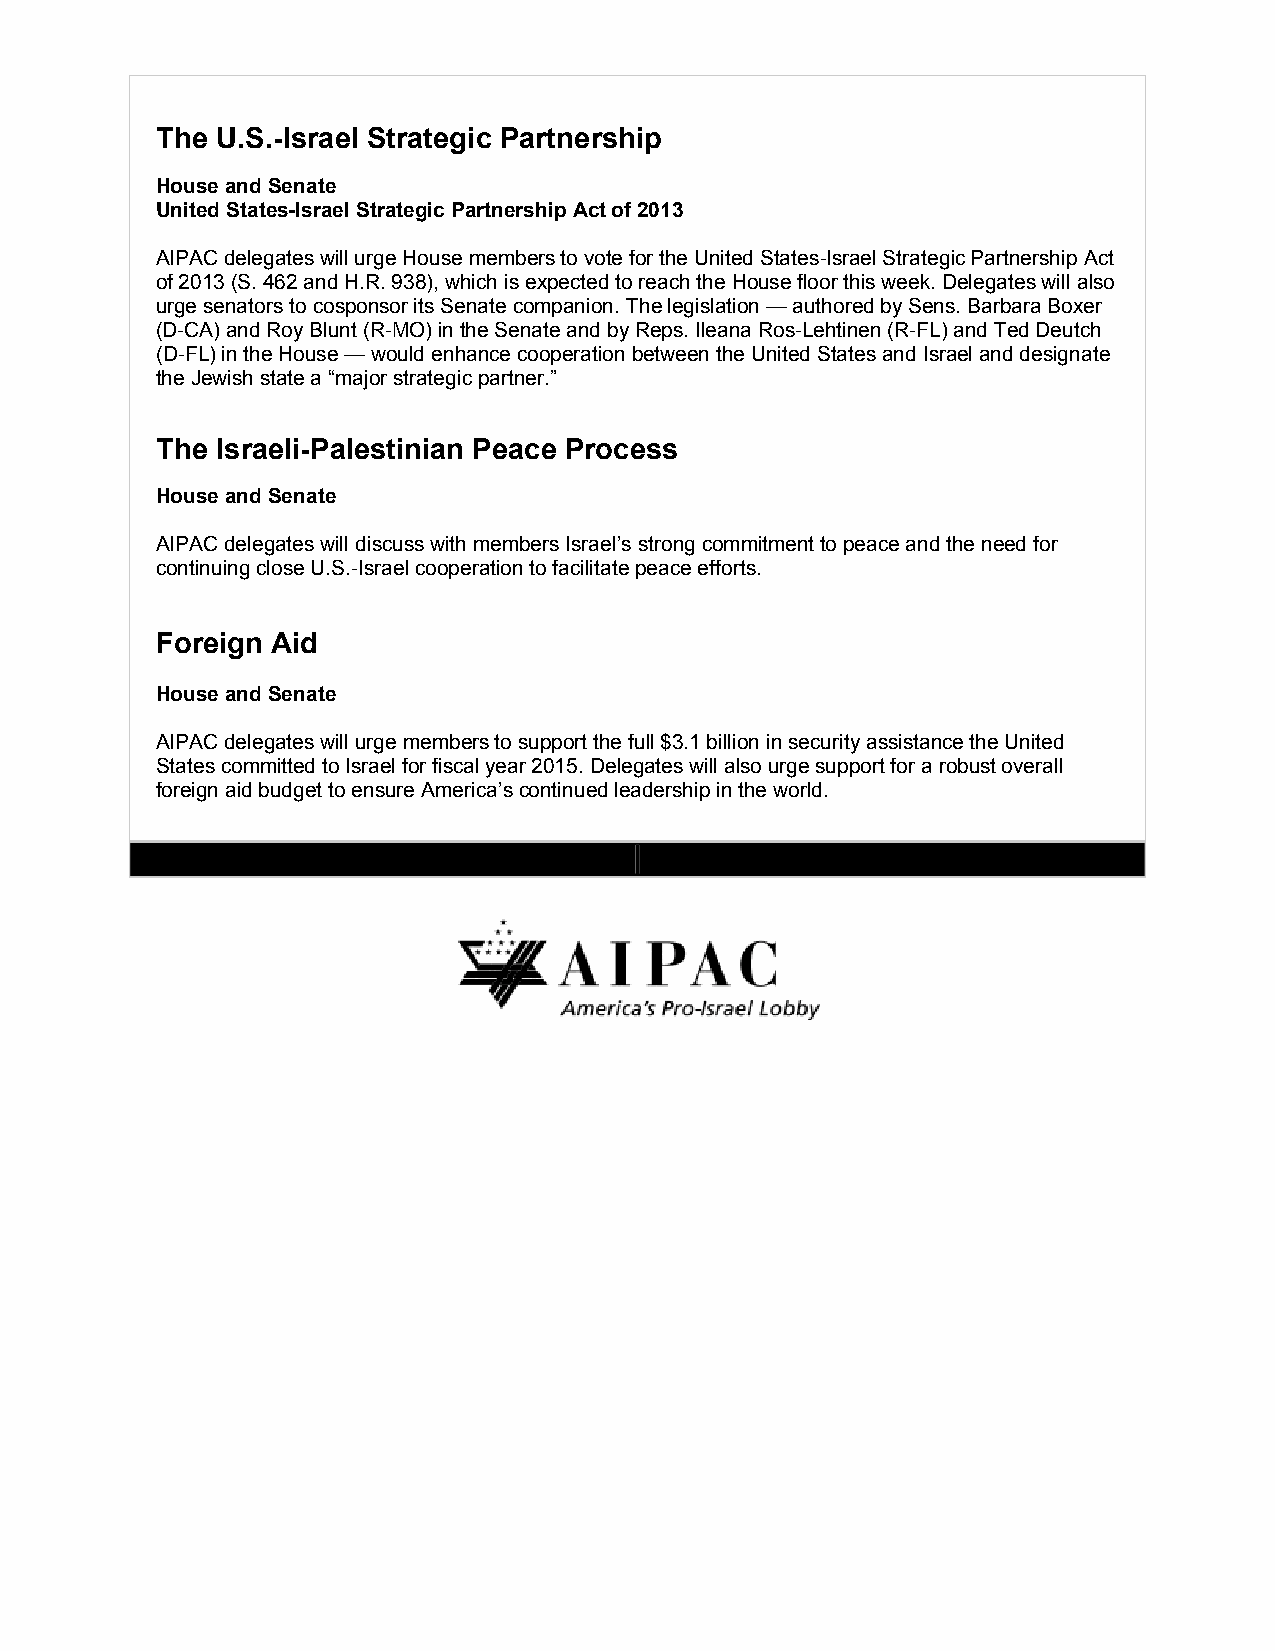
The U.S.-Israel Strategic Partnership
 House and Senate
 United States-Israel Strategic Partnership Act of 2013
 AIPAC delegates will urge House members to vote for the United States-Israel Strategic Partnership Act
 of 2013 (S. 462 and H.R. 938), which is expected to reach the House floor this week. Delegates will also
 urge senators to cosponsor its Senate companion. The legislation — authored by Sens. Barbara Boxer
 (D-CA) and Roy Blunt (R-MO) in the Senate and by Reps. Ileana Ros-Lehtinen (R-FL) and Ted Deutch
 (D-FL) in the House — would enhance cooperation between the United States and Israel and designate
 the Jewish state a “major strategic partner.”
 The Israeli-Palestinian Peace Process
 House and Senate
 AIPAC delegates will discuss with members Israel’s strong commitment to peace and the need for
 continuing close U.S.-Israel cooperation to facilitate peace efforts.
 Foreign Aid
 House and Senate
 AIPAC delegates will urge members to support the full $3.1 billion in security assistance the United
 States committed to Israel for fiscal year 2015. Delegates will also urge support for a robust overall
 foreign aid budget to ensure America’s continued leadership in the world.